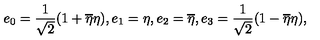
e _ { 0 } = { \frac { 1 } { \sqrt { 2 } } } ( 1 + { \overline { { \eta } } } \eta ) , e _ { 1 } = \eta , e _ { 2 } = \overline { { \eta } } , e _ { 3 } = { \frac { 1 } { \sqrt { 2 } } } ( 1 - { \overline { { \eta } } } \eta ) ,